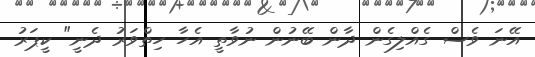
އޭނަ ވެސް ގެއްލިގެން ދާން ބޭނުން ނުވާތީ އެހާ ހިތްވަރު ދެނީ" ކީޕަރު